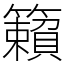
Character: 籟